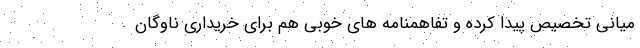
میانی تخصیص پیدا کرده و تفاهمنامه های خوبی هم برای خریداری ناوگان